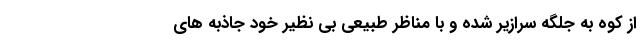
از کوه به جلگه سرازیر شده و با مناظر طبیعی بی نظیر خود جاذبه های